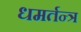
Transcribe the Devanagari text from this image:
धमर्तन्त्र